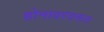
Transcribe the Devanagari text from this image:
होनावरवरून